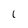
Character: l